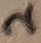
Text: 2